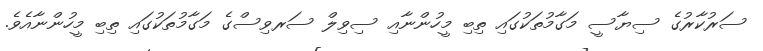
ސަރުކާރުގެ ސިޔާސީ މަގާމުތަކުގައި ތިބި މީހުންނާއި ސިވިލް ސަރވިސްގެ މަގާމުތަކުގައި ތިބި މީހުންނާއެވެ.